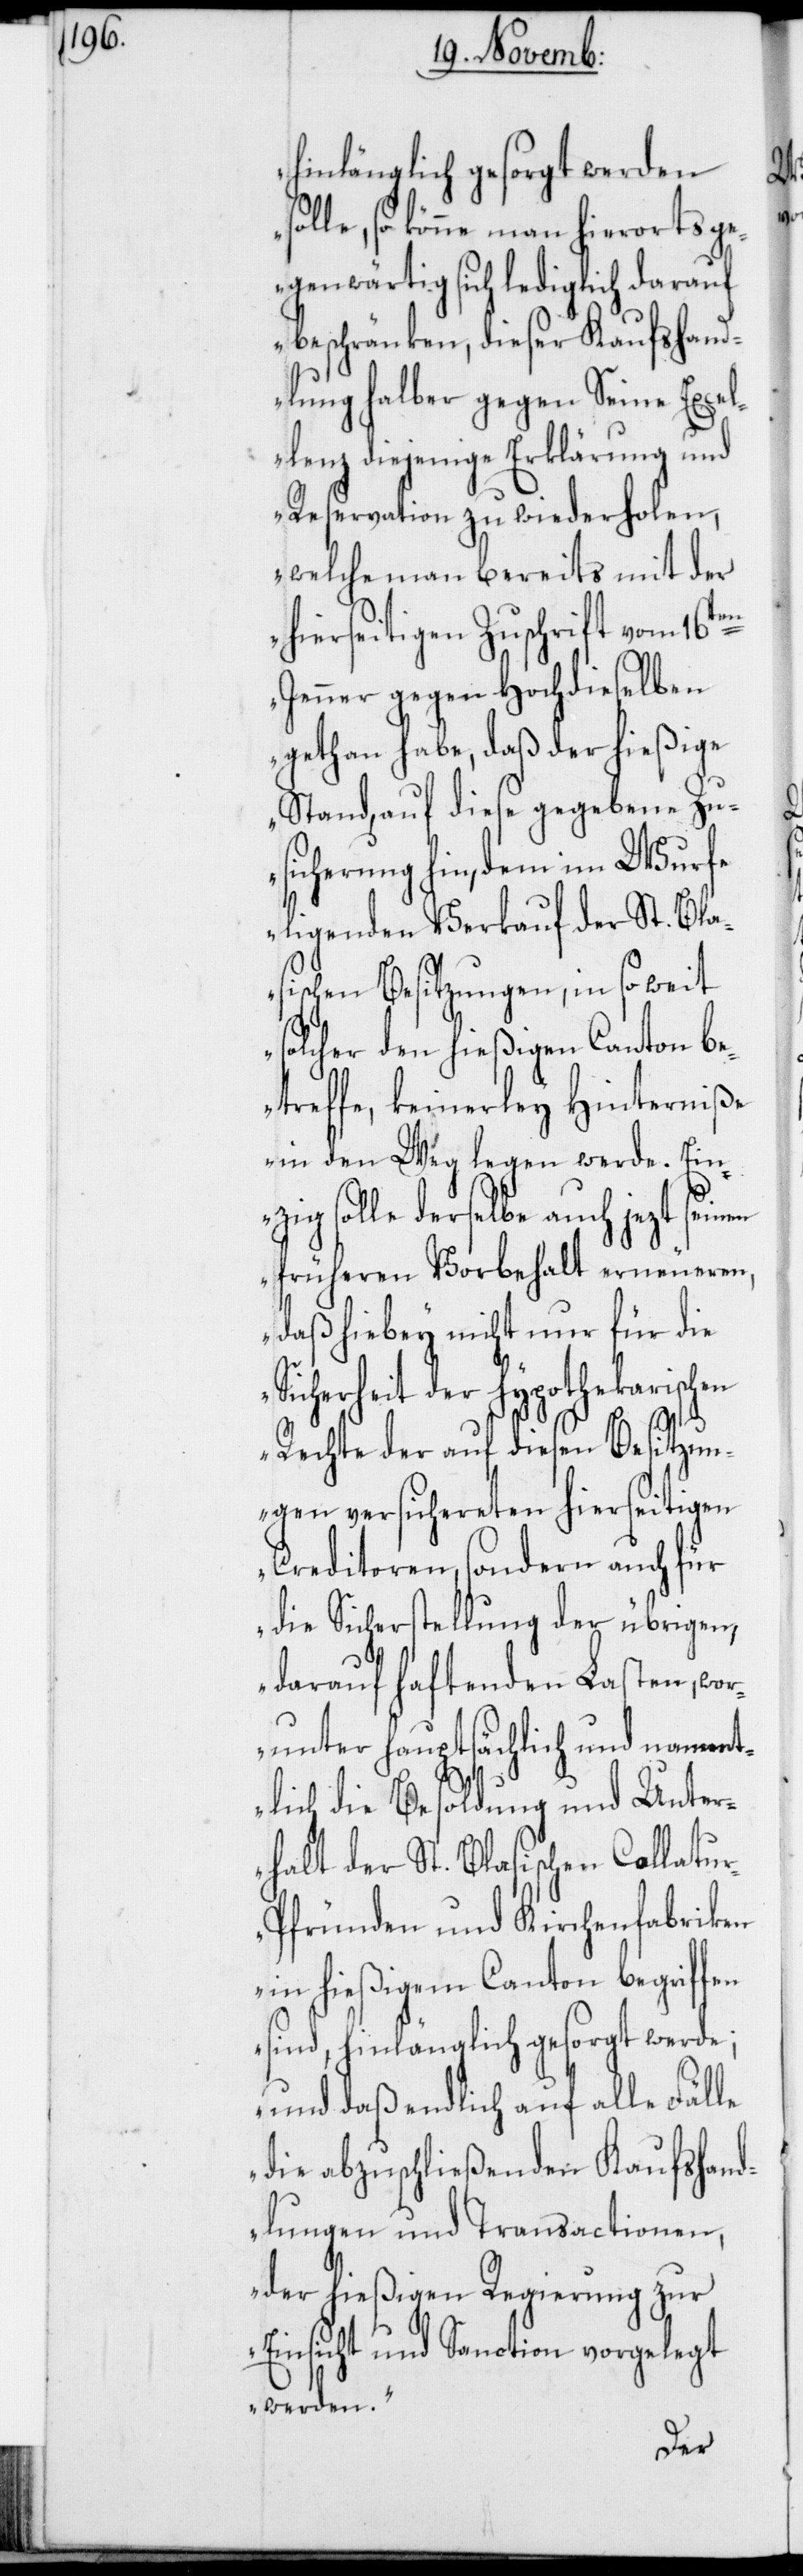
hinlänglich gesorgt werden
so könne man hierorts g¬
egenwärtig sich lediglich darauf
beschränken, dieser Kaufshand¬
lung halber gegen Seine Excel¬
lenz diejenige Erklärung und
Reservation zu wiederholen,
welche man bereits mit der
hierseitigen Zuschrift vom 16ten
Jenner gegen Hochdieselben
gethan habe, daß der hießige
Stand, auf diese gegebene Zu¬
sicherung hin, dem im Wurfe
ligenden Verkauf der St. Bla¬
sischen Besitzungen, in so weit
solcher den hießigen Canton be¬
treffe, keinerley Hinterniße
in den Weg legen werde. Ein¬
zig solle derselbe auch jezt seinen
früheren Vorbehalt erneueren,
daß hiebey nicht nur für die
Sicherheit der hypothekarischen
Rechte der auf diesen Besitzun¬
gen versichereten hierseitigen
Creditoren, sondern auch für
die Sicherstellung der übrigen,
darauf haftenden Lasten, wor¬
unter hauptsächlich und nament¬
lich die Besoldung und Unter¬
halt der St. Blasischen Collatu¬
r-Pfründen und Kirchenfabriken
in hießigem Canton begriffen
sind, hinlänglich gesorgt werde;
und daß endlich auf alle Fälle
die abzuschließenden Kaufshand¬
lungen und Transactionen,
der hießigen Regierung zur
Einsicht und Sanction vorgelegt
werden.“